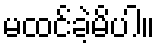
မထင်ခဲ့မိပါ။